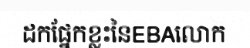
ដកផ្នែកខ្លះនៃEBAលោក